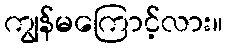
ကျွန်မကြောင့်လား။